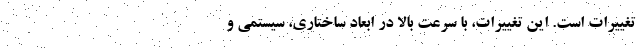
تغییرات است. این تغییرات، با سرعت بالا در ابعاد ساختاری، سیستمی و